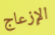
الإزعاج